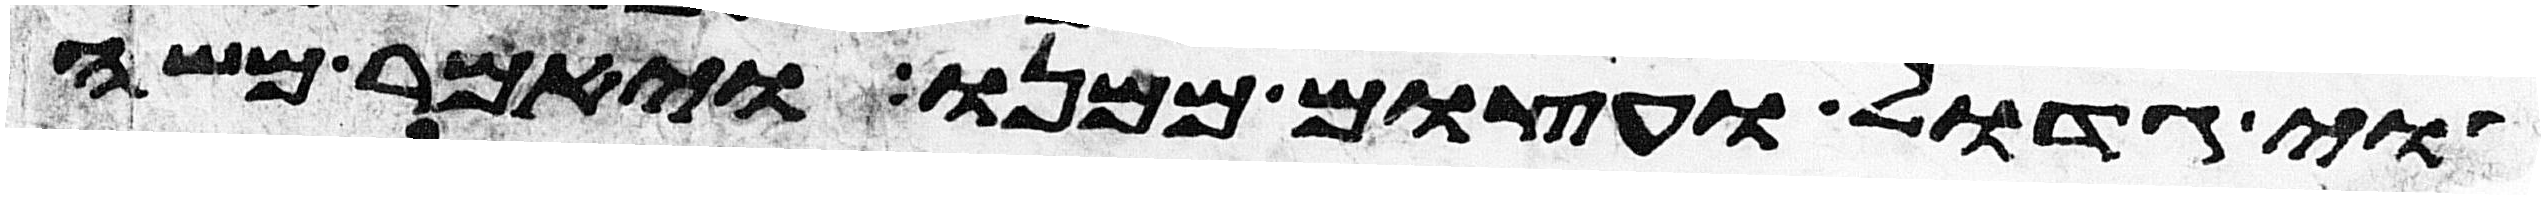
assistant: לגוי גדול ועצום ממנו ויאמר משה